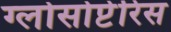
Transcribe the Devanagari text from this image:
ग्लोसोप्टेरिस